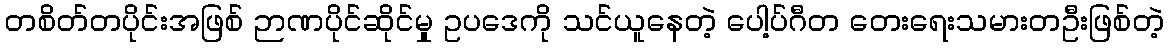
တစိတ်တပိုင်းအဖြစ် ဉာဏပိုင်ဆိုင်မှု ဥပဒေကို သင်ယူနေတဲ့ ပေါ့ပ်ဂီတ တေးရေးသမားတဦးဖြစ်တဲ့